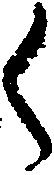
く